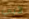
لأبي